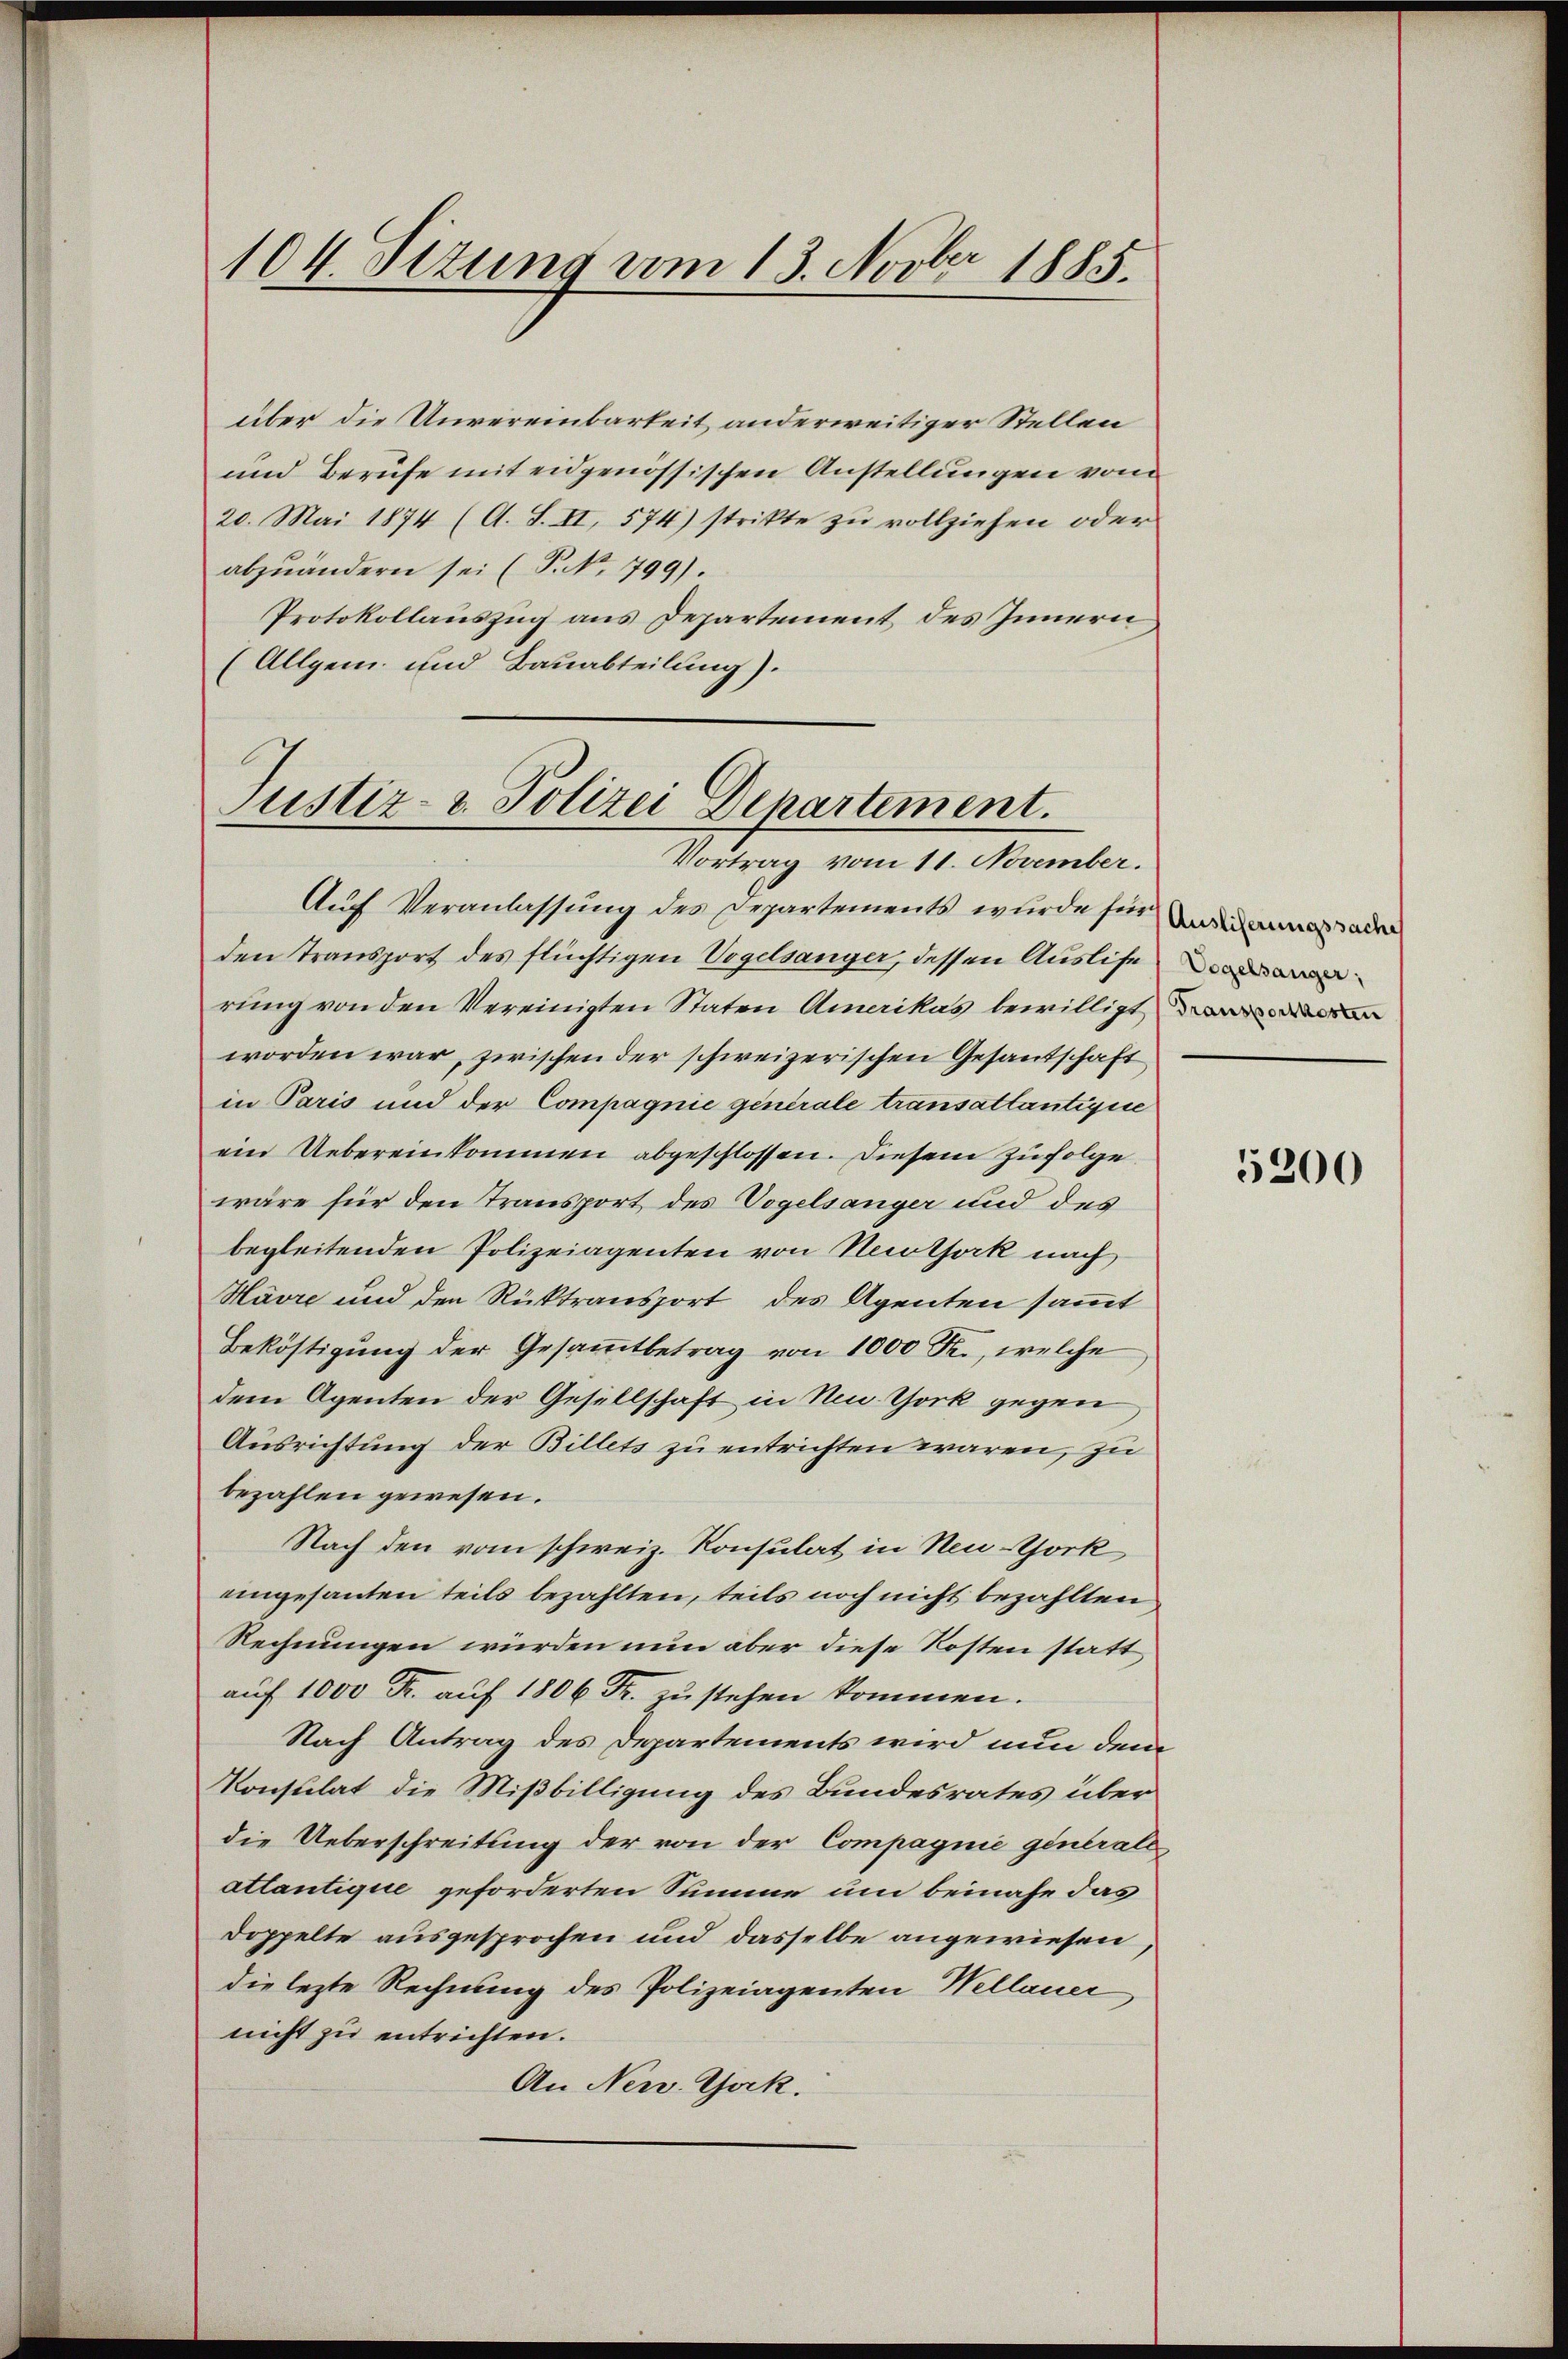
104. Situng vom 13. Novber 1885.

über die Unvereinbarkeit anderweitiger Stellen
und Berufe mit eidgenössischen Anstellungen vom
20. Mai 1874 (A. S. II, 574) strikte zu vollziehen oder
abzuändern sei (P.No. 799).
Protokollauszug aus Departement des Innern
(Allgem. und Bauabteilung).

Auf Veranlassung des Departements wurde finde da
den Transport des flüchtigen Vogelsanger, dessen Auslise
rung von den Vereinigten Staten Amerikas bewilligt
worden war, zwischen der schweizerischen Gesandschaft
in Paris und der Compagnie generale transattantique
ein Uebereinkommen abgeschlossen. Diesem zufolge
wäre für den Transport des Vogelsanger und des
begleitenden Polizeiagenten von Neuthork nach
Havre und den Rüktransport des Agenten sammt
Beköstigung der Gesammtbetrag von 1000 Fr., welche
dem Agenten der Gesellschaft in No York gegen
Ausrichtung der Billets zu entrichten wären, zu
bezahlen gewesen.
Nach den vom schweiz. Konsulat in Neu-York
eingesanten teils bezahlten, teils noch nicht bezahlten
Rechnungen würden nun aber diese Kosten statt
auf 1000 Fr. auf 1806 Fr. zu stehen kommen.
Nach Antrag des Departements wird nun dem
Konsulat die Mißbilligung des Bundesrates über
die Ueberschreitung der von der Compagnie generall
atlantique geforderten Summe um beinahe das
Doppelte ausgesprochen und dasselbe angewiesen,
die lezte Rechnung des Polizeiagenten Wellauer
nicht zu entrichten.
An New York.

Justiz- u. Polizei Departement.
Vortrag vom 11. November.

5200